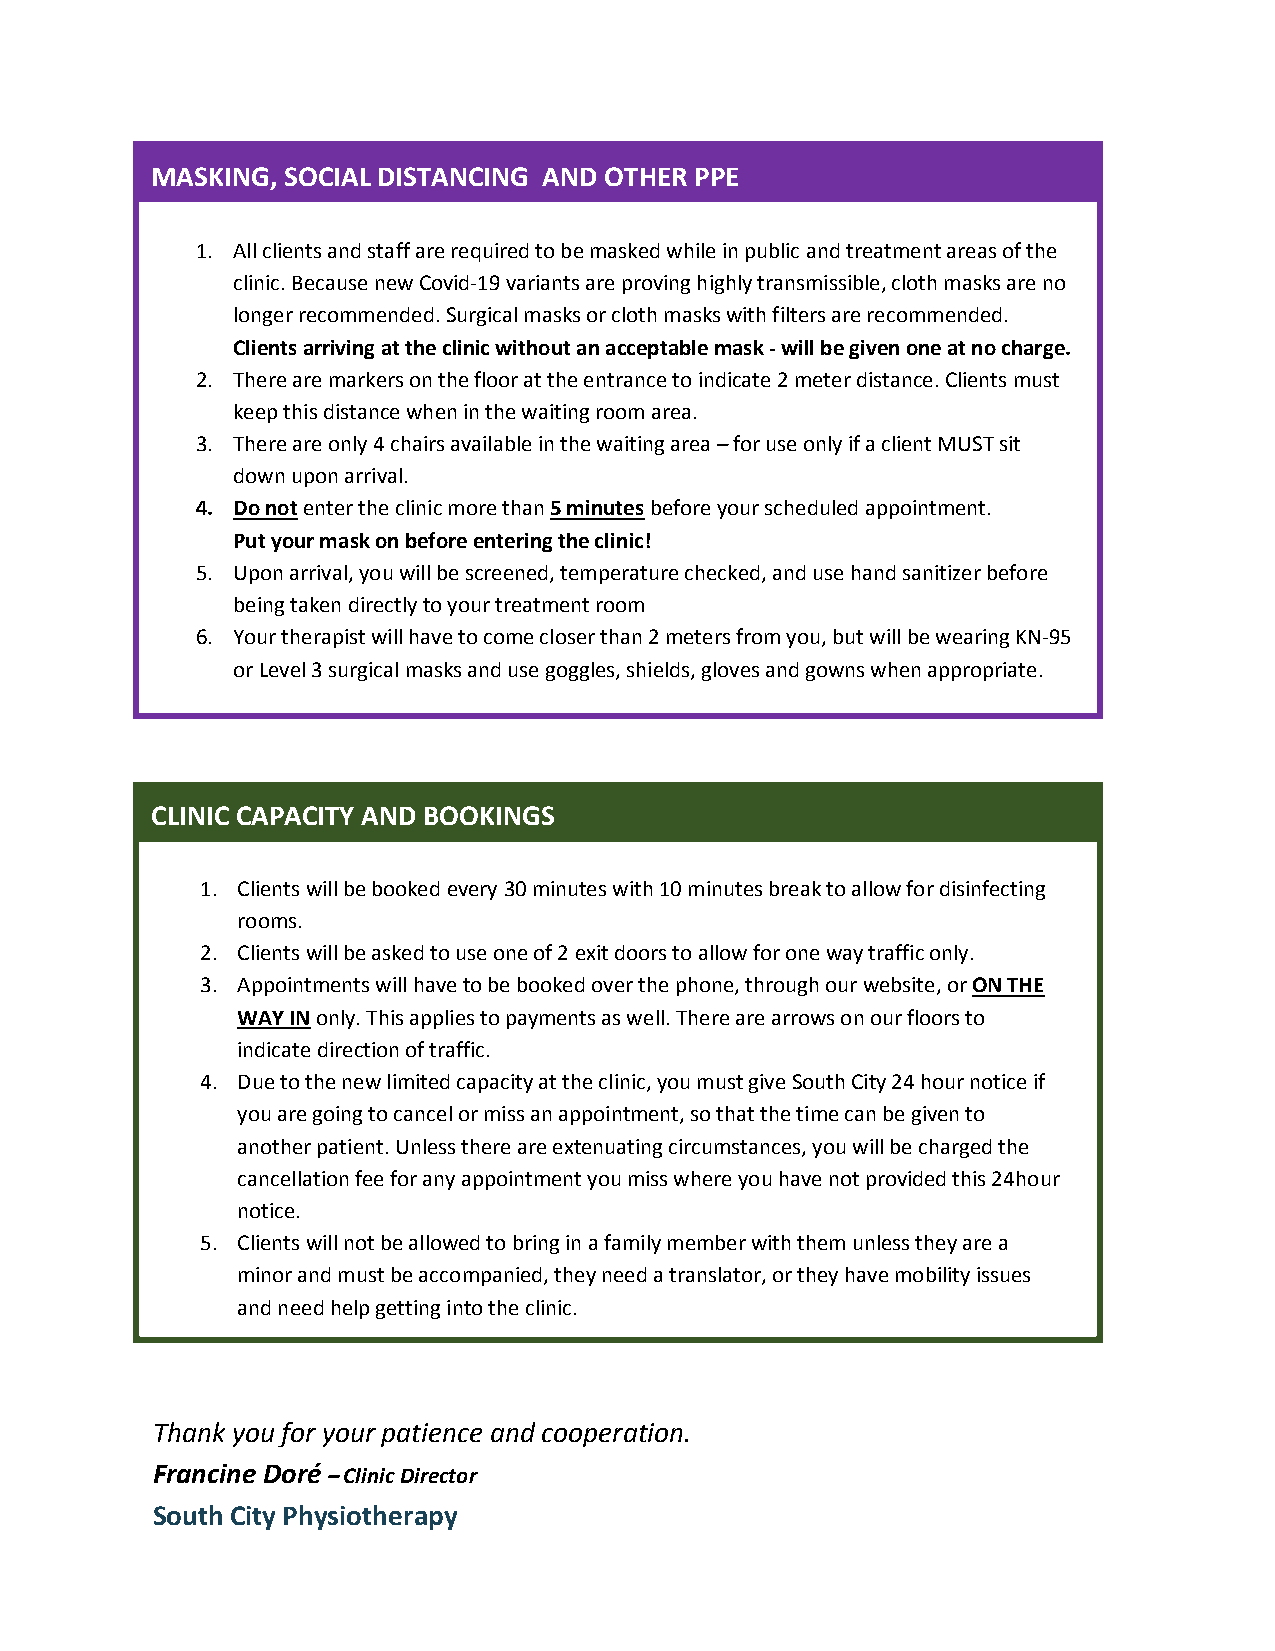
MASKING, SOCIAL DISTANCING AND OTHER PPE
 1. All clients and staff are required to be masked while in public and treatment areas of the
 clinic. Because new Covid-19 variants are proving highly transmissible, cloth masks are no
 longer recommended. Surgical masks or cloth masks with filters are recommended.
 Clients arriving at the clinic without an acceptable mask - will be given one at no charge.
 2. There are markers on the floor at the entrance to indicate 2 meter distance. Clients must
 keep this distance when in the waiting room area.
 3. There are only 4 chairs available in the waiting area – for use only if a client MUST sit
 down upon arrival.
 4. Do not enter the clinic more than 5 minutes before your scheduled appointment.
 Put your mask on before entering the clinic!
 5. Upon arrival, you will be screened, temperature checked, and use hand sanitizer before
 being taken directly to your treatment room
 6. Your therapist will have to come closer than 2 meters from you, but will be wearing KN-95
 or Level 3 surgical masks and use goggles, shields, gloves and gowns when appropriate.
 CLINI C CAPACITY AND BOOKINGS
 1. Clients will be booked every 30 minutes with 10 minutes break to allow for disinfecting
 rooms.
 2. Clients will be asked to use one of 2 exit doors to allow for one way traffic only.
 3. Appointments will have to be booked over the phone, through our website, or ON THE
 WAY IN only. This applies to payments as well. There are arrows on our floors to
 indicate direction of traffic.
 4. Due to the new limited capacity at the clinic, you must give South City 24 hour notice if
 you are going to cancel or miss an appointment, so that the time can be given to
 another patient. Unless there are extenuating circumstances, you will be charged the
 cancellation fee for any appointment you miss where you have not provided this 24hour
 notice.
 5. Clients will not be allowed to bring in a family member with them unless they are a
 minor and must be accompanied, they need a translator, or they have mobility issues
 and need help getting into the clinic.
 Thank you for your patience and cooperation.
 Francine Doré
 –
 Clinic Director
 South City Physiotherapy